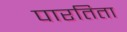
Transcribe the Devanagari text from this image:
पारतिता